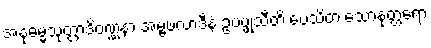
အနုဓမ္မသုတ္တာဒိဝဏ္ဏနာ အမ္ဗဖလာဒီနံ ဥပပ္ဖုသီတိ ပေသိတံ သောနုတ္တရော